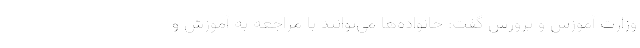
وزارت آموزش و پرورش گفت: خانواده‌ها می‌توانند با مراجعه به آموزش و